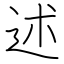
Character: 述